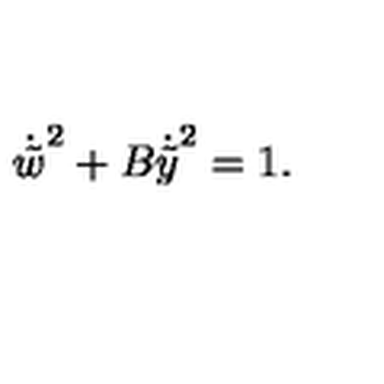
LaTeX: { \dot { \tilde { w } } } ^ { 2 } + B { \dot { \tilde { y } } } ^ { 2 } = 1 .